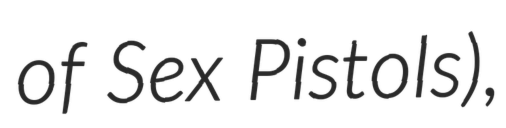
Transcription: of Sex Pistols),